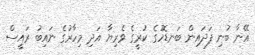
އޭނާ ބުނި ފަދައިން ބަނޑޮހުގެ ކުރީގެ ވެރިޔާ އަދި މިހާރުގެ ނައިބު ރައީސް